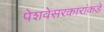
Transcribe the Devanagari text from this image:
पेशवेसरकारांकडे